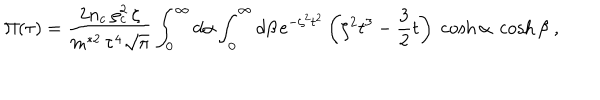
\Pi ( \tau ) = \frac { 2 n _ { c } \, \rho _ { c } ^ { 2 } \, \zeta } { m ^ { * 2 } \, \tau ^ { 4 } \sqrt { \pi } } \int _ { 0 } ^ { \infty } d \alpha \int _ { 0 } ^ { \infty } d \beta \, \mathrm { e } ^ { - \zeta ^ { 2 } { t ^ { 2 } } } \left( \zeta ^ { 2 } t ^ { 3 } - \frac { 3 } { 2 } t \right) \; \cosh \alpha \; \cosh \beta \; ,